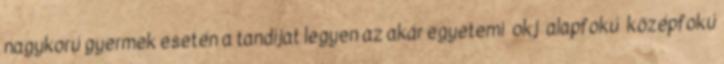
nagykorú gyermek esetén a tandíjat legyen az akár egyetemi okj alapfokú középfokú